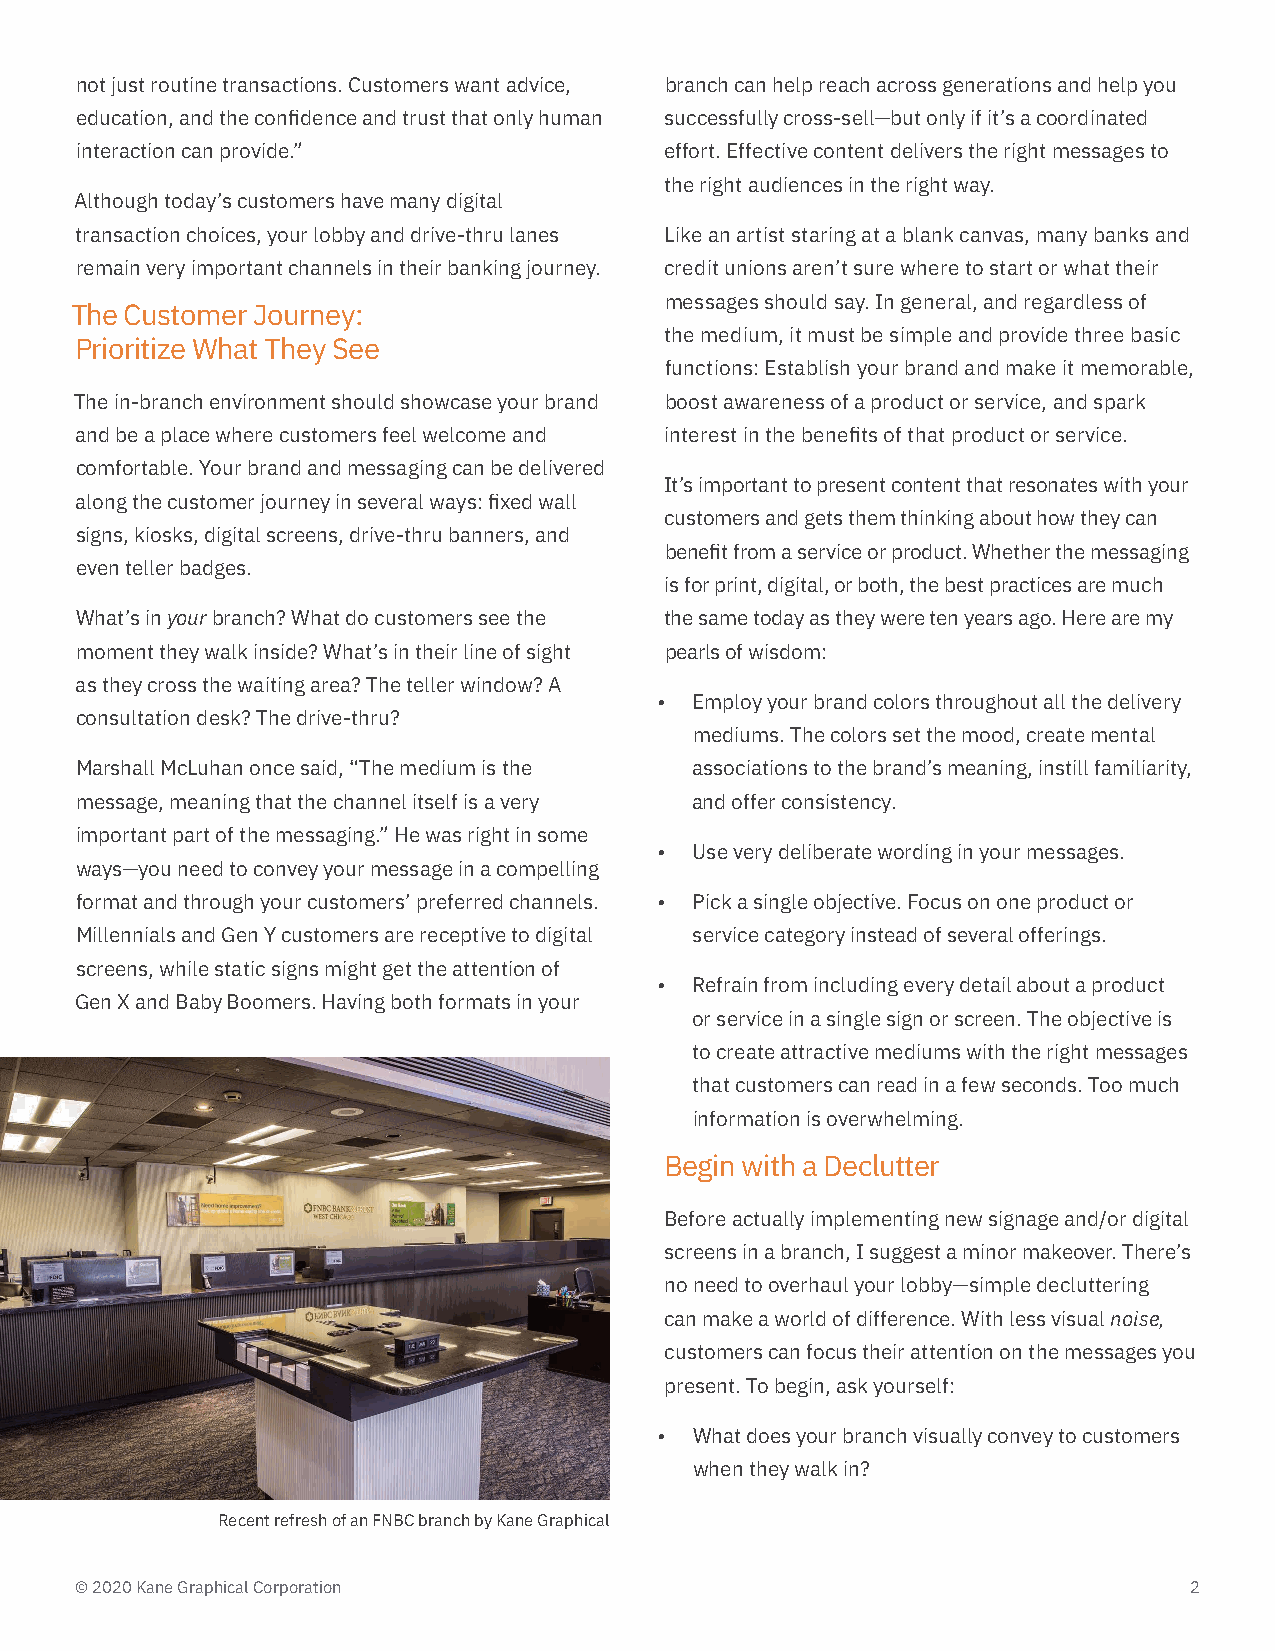
not just routine transactions. Customers want advice, branch can help reach across generations and help you
 education, and the confidence and trust that only human successfully cross-sell—but only if it’s a coordinated
 interaction can provide.”              effort. Effective content delivers the right messages to
 the right audiences in the right way.
 Although today’s customers have many digital
 transaction choices, your lobby and drive-thru lanes Like an artist staring at a blank canvas, many banks and
 remain very important channels in their banking journey. credit unions aren’t sure where to start or what their
 messages should say. In general, and regardless of
 The Customer Journey:
 the medium, it must be simple and provide three basic
 Prioritize What They See
 functions: Establish your brand and make it memorable,
 The in-branch environment should showcase your brand boost awareness of a product or service, and spark
 and be a place where customers feel welcome and interest in the benefits of that product or service.
 comfortable. Your brand and messaging can be delivered
 It’s important to present content that resonates with your
 along the customer journey in several ways: fixed wall
 customers and gets them thinking about how they can
 signs, kiosks, digital screens, drive-thru banners, and
 benefit from a service or product. Whether the messaging
 even teller badges.
 is for print, digital, or both, the best practices are much
 What’s in your branch? What do customers see the the same today as they were ten years ago. Here are my
 moment they walk inside? What’s in their line of sight pearls of wisdom:
 as they cross the waiting area? The teller window? A
 • Employ your brand colors throughout all the delivery
 consultation desk? The drive-thru?
 mediums. The colors set the mood, create mental
 Marshall McLuhan once said, “The medium is the associations to the brand’s meaning, instill familiarity,
 message, meaning that the channel itself is a very and offer consistency.
 important part of the messaging.” He was right in some
 • Use very deliberate wording in your messages.
 ways—you need to convey your message in a compelling
 format and through your customers’ preferred channels. • Pick a single objective. Focus on one product or
 Millennials and Gen Y customers are receptive to digital service category instead of several offerings.
 screens, while static signs might get the attention of
 • Refrain from including every detail about a product
 Gen X and Baby Boomers. Having both formats in your
 or service in a single sign or screen. The objective is
 to create attractive mediums with the right messages
 that customers can read in a few seconds. Too much
 information is overwhelming.
 Begin with a Declutter
 Before actually implementing new signage and/or digital
 screens in a branch, I suggest a minor makeover. There’s
 no need to overhaul your lobby—simple decluttering
 can make a world of difference. With less visual noise,
 customers can focus their attention on the messages you
 present. To begin, ask yourself:
 • What does your branch visually convey to customers
 when they walk in?
 Recent refresh of an FNBC branch by Kane Graphical
 © 2020 Kane Graphical Corporation                                         2